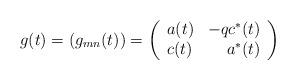
LaTeX: \begin{align*}g(t) = (g_{mn}(t))=\left( \begin{array}{lr}a(t) & -qc^{*}(t) \\c(t) & a^{*}(t) \end{array} \right)\end{align*}